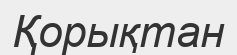
Қорықтан